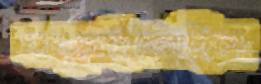
ঘাব্‌ড়াইতেছিল